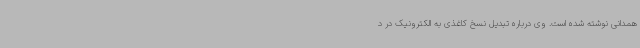
همدانی نوشته شده است. وی درباره تبدیل نسخ کاغذی به الکترونیک در د